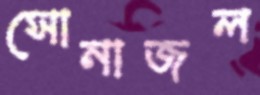
সোনাজল